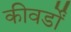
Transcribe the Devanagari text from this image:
कीवर्डों